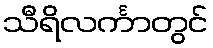
သီရိလင်္ကာတွင်